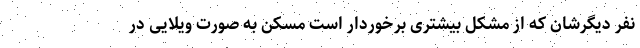
نفر دیگرشان که از مشکل بیشتری برخوردار است مسکن به صورت ویلایی در